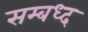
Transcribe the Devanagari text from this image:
सम्बध्द